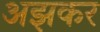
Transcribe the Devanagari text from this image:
अझकर